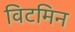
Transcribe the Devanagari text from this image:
विटमिन